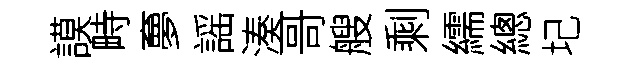
謨畤夣謡湊哥艘剩繻總圮